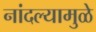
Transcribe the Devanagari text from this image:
नांदल्यामुळे